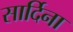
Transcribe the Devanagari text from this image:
सार्दिना